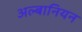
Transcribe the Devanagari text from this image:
अल्बानियन